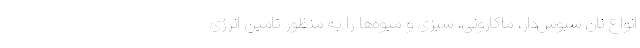
انواع نان سبوس‌دار، ماکارونی، سبزی و میوه‌ها را به منظور تامین انرژی